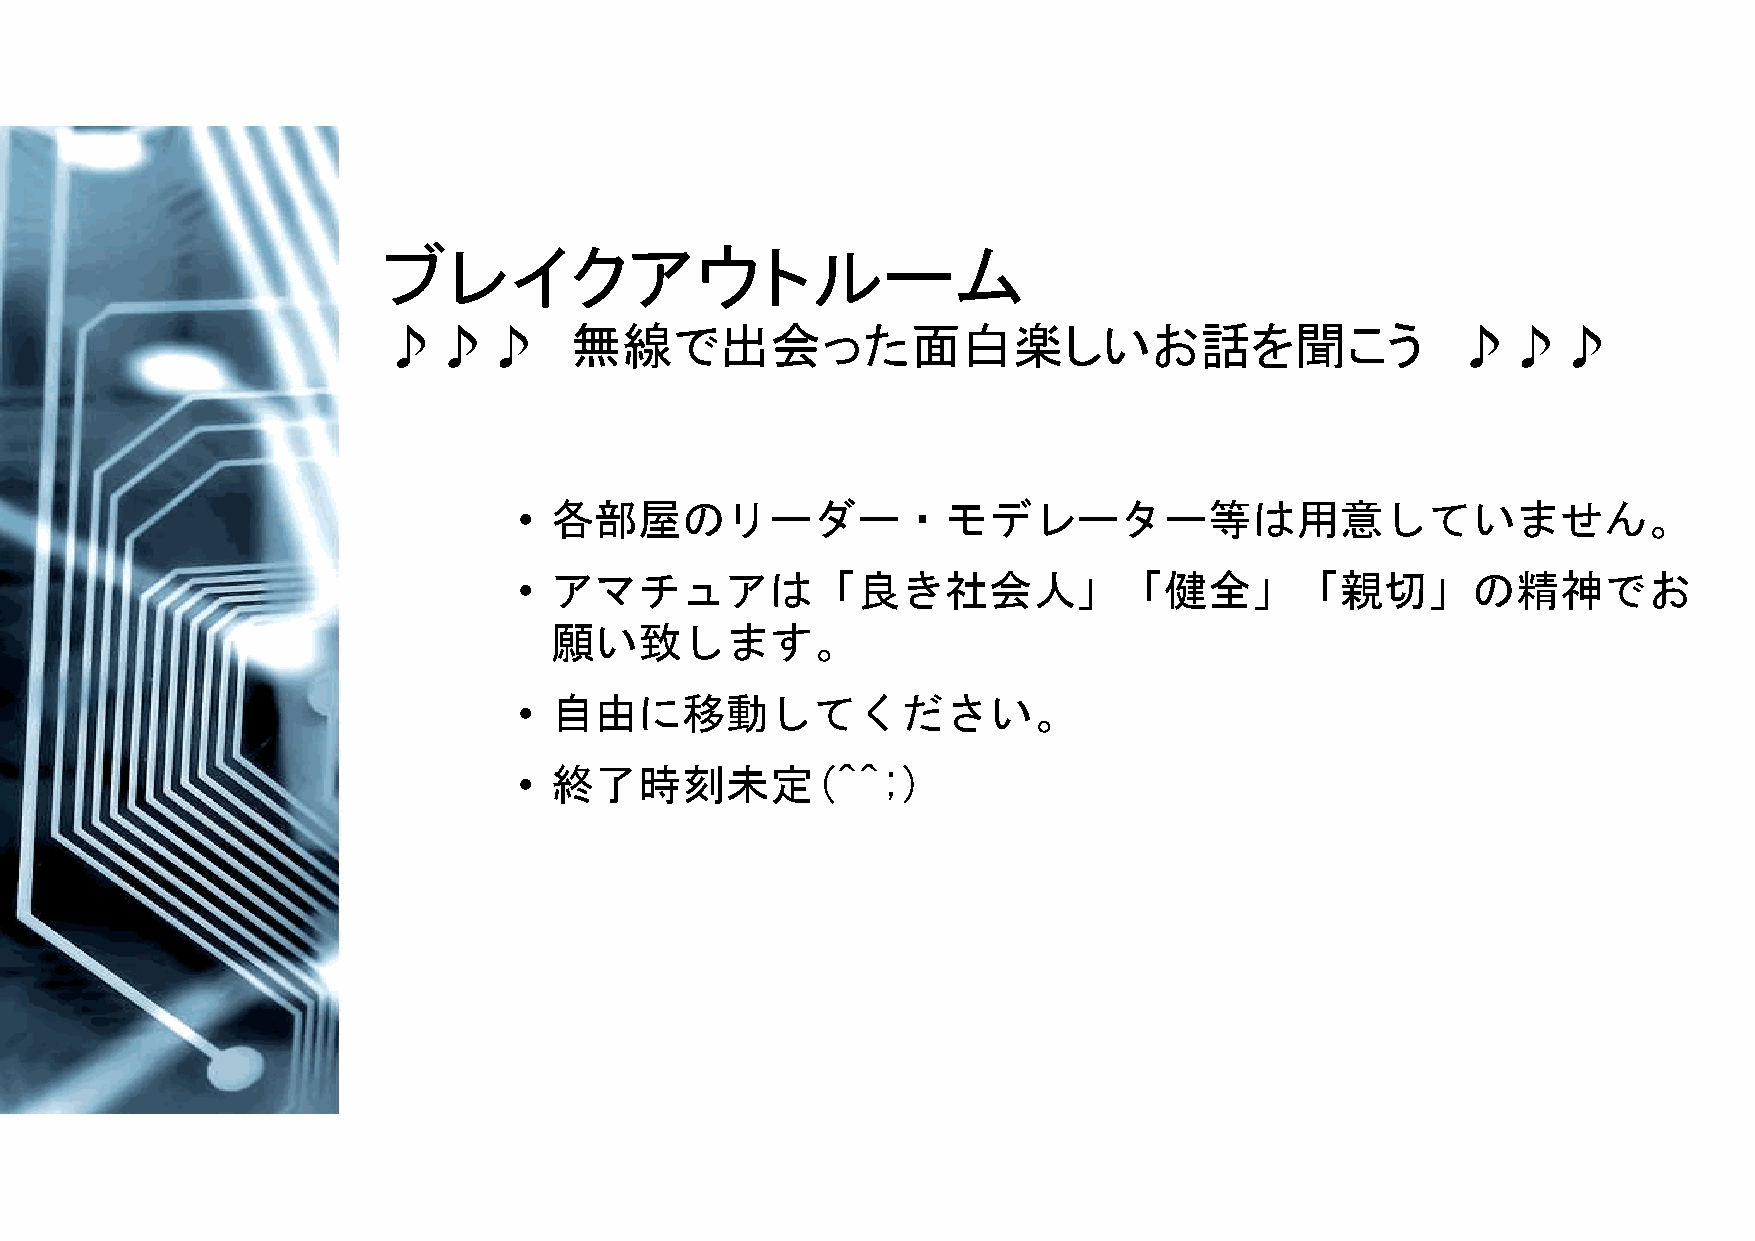
ブレイクアウトルーム
 ♪♪♪          無線で出会った面白楽しいお話を聞こう                                        ♪♪♪
 • 各部屋のリーダー・モデレーター等は用意していません。
 • アマチュアは「良き社会人」「健全」「親切」の精神でお
 願い致します。
 • 自由に移動してください。
 • 終了時刻未定(^^;)